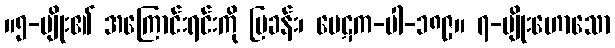
။၅-မျိုး၏ အကြောင်းရင်းကို ပြခန်း၊ ပေဋက-ပါ-၁၈၉။ ၇-မျိုးဟောသော